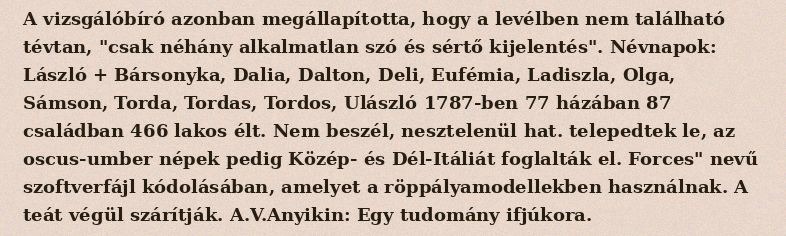
A vizsgálóbíró azonban megállapította, hogy a levélben nem található tévtan, "csak néhány alkalmatlan szó és sértő kijelentés". Névnapok: László + Bársonyka, Dalia, Dalton, Deli, Eufémia, Ladiszla, Olga, Sámson, Torda, Tordas, Tordos, Ulászló 1787-ben 77 házában 87 családban 466 lakos élt. Nem beszél, nesztelenül hat. telepedtek le, az oscus-umber népek pedig Közép- és Dél-Itáliát foglalták el. Forces" nevű szoftverfájl kódolásában, amelyet a röppályamodellekben használnak. A teát végül szárítják. A.V.Anyikin: Egy tudomány ifjúkora.